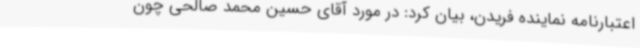
اعتبارنامه نماینده فریدن، بیان کرد: در مورد آقای حسین محمد صالحی چون